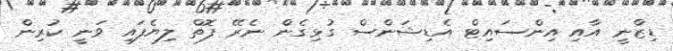
ޑިޒްނީ އާއި އިންސައިޓް އެޑިޝަންސް ގުޅިގެން ނެރޭ ފޮތް ލިޔެފައި ވަނީ ކުރިން